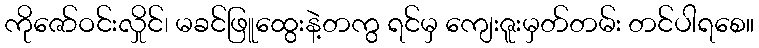
ကိုဇော်ဝင်းလှိုင်၊ မခင်ဖြူထွေးနဲ့တကွ ရင်မှ ကျေးဇူးမှတ်တမ်း တင်ပါရစေ။